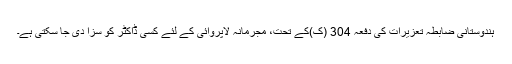
ہندوستانی ضابطہ تعزیرات کی دفعہ 304 (ک)کے تحت، مجرمانہ لاپروائی کے لئے کِسی ڈاکٹر کو سزا دی جا سکتی ہے۔